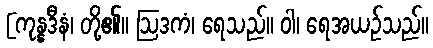
[ကုန္နဒီနံ၊ တို့၏။ ဩဒကံ၊ ရေသည်။ ဝါ၊ ရေအယဉ်သည်။